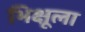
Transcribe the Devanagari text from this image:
भिक्षूला